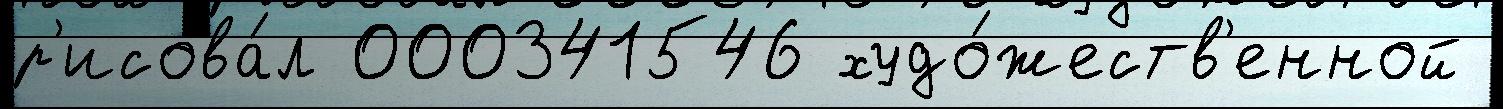
р'исова́л 000341546 худо́жеств'енной